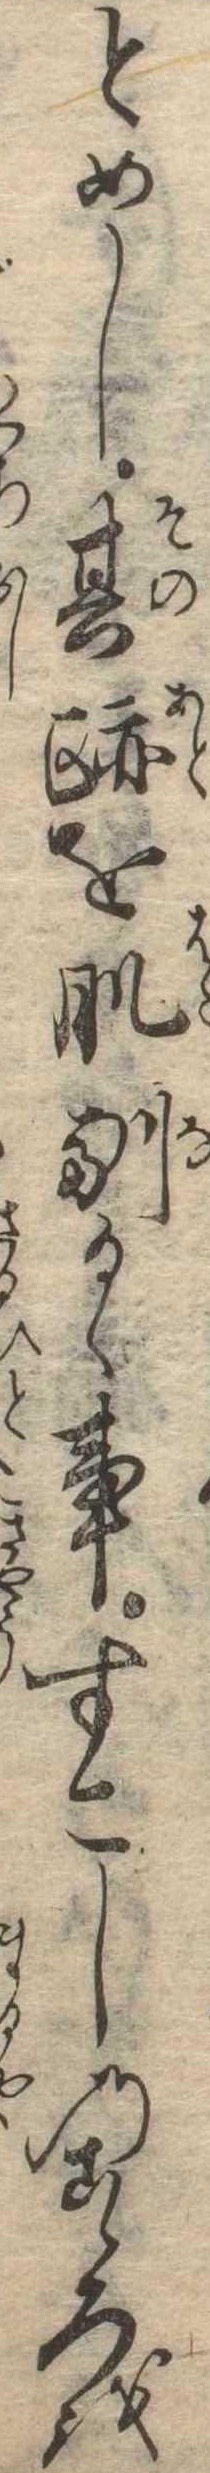
とめし其跡を肌馴るゝ事すこしのこゝろを